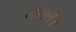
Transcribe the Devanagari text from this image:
मार्क्स।